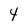
Character: 4